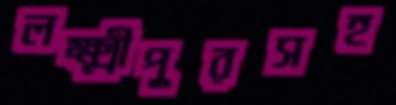
লক্ষ্মীপুরসহ